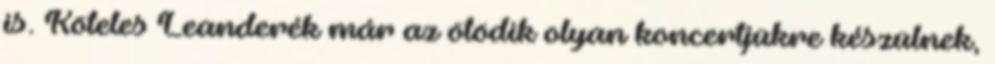
is. Köteles Leanderék már az ötödik olyan koncertjükre készülnek,